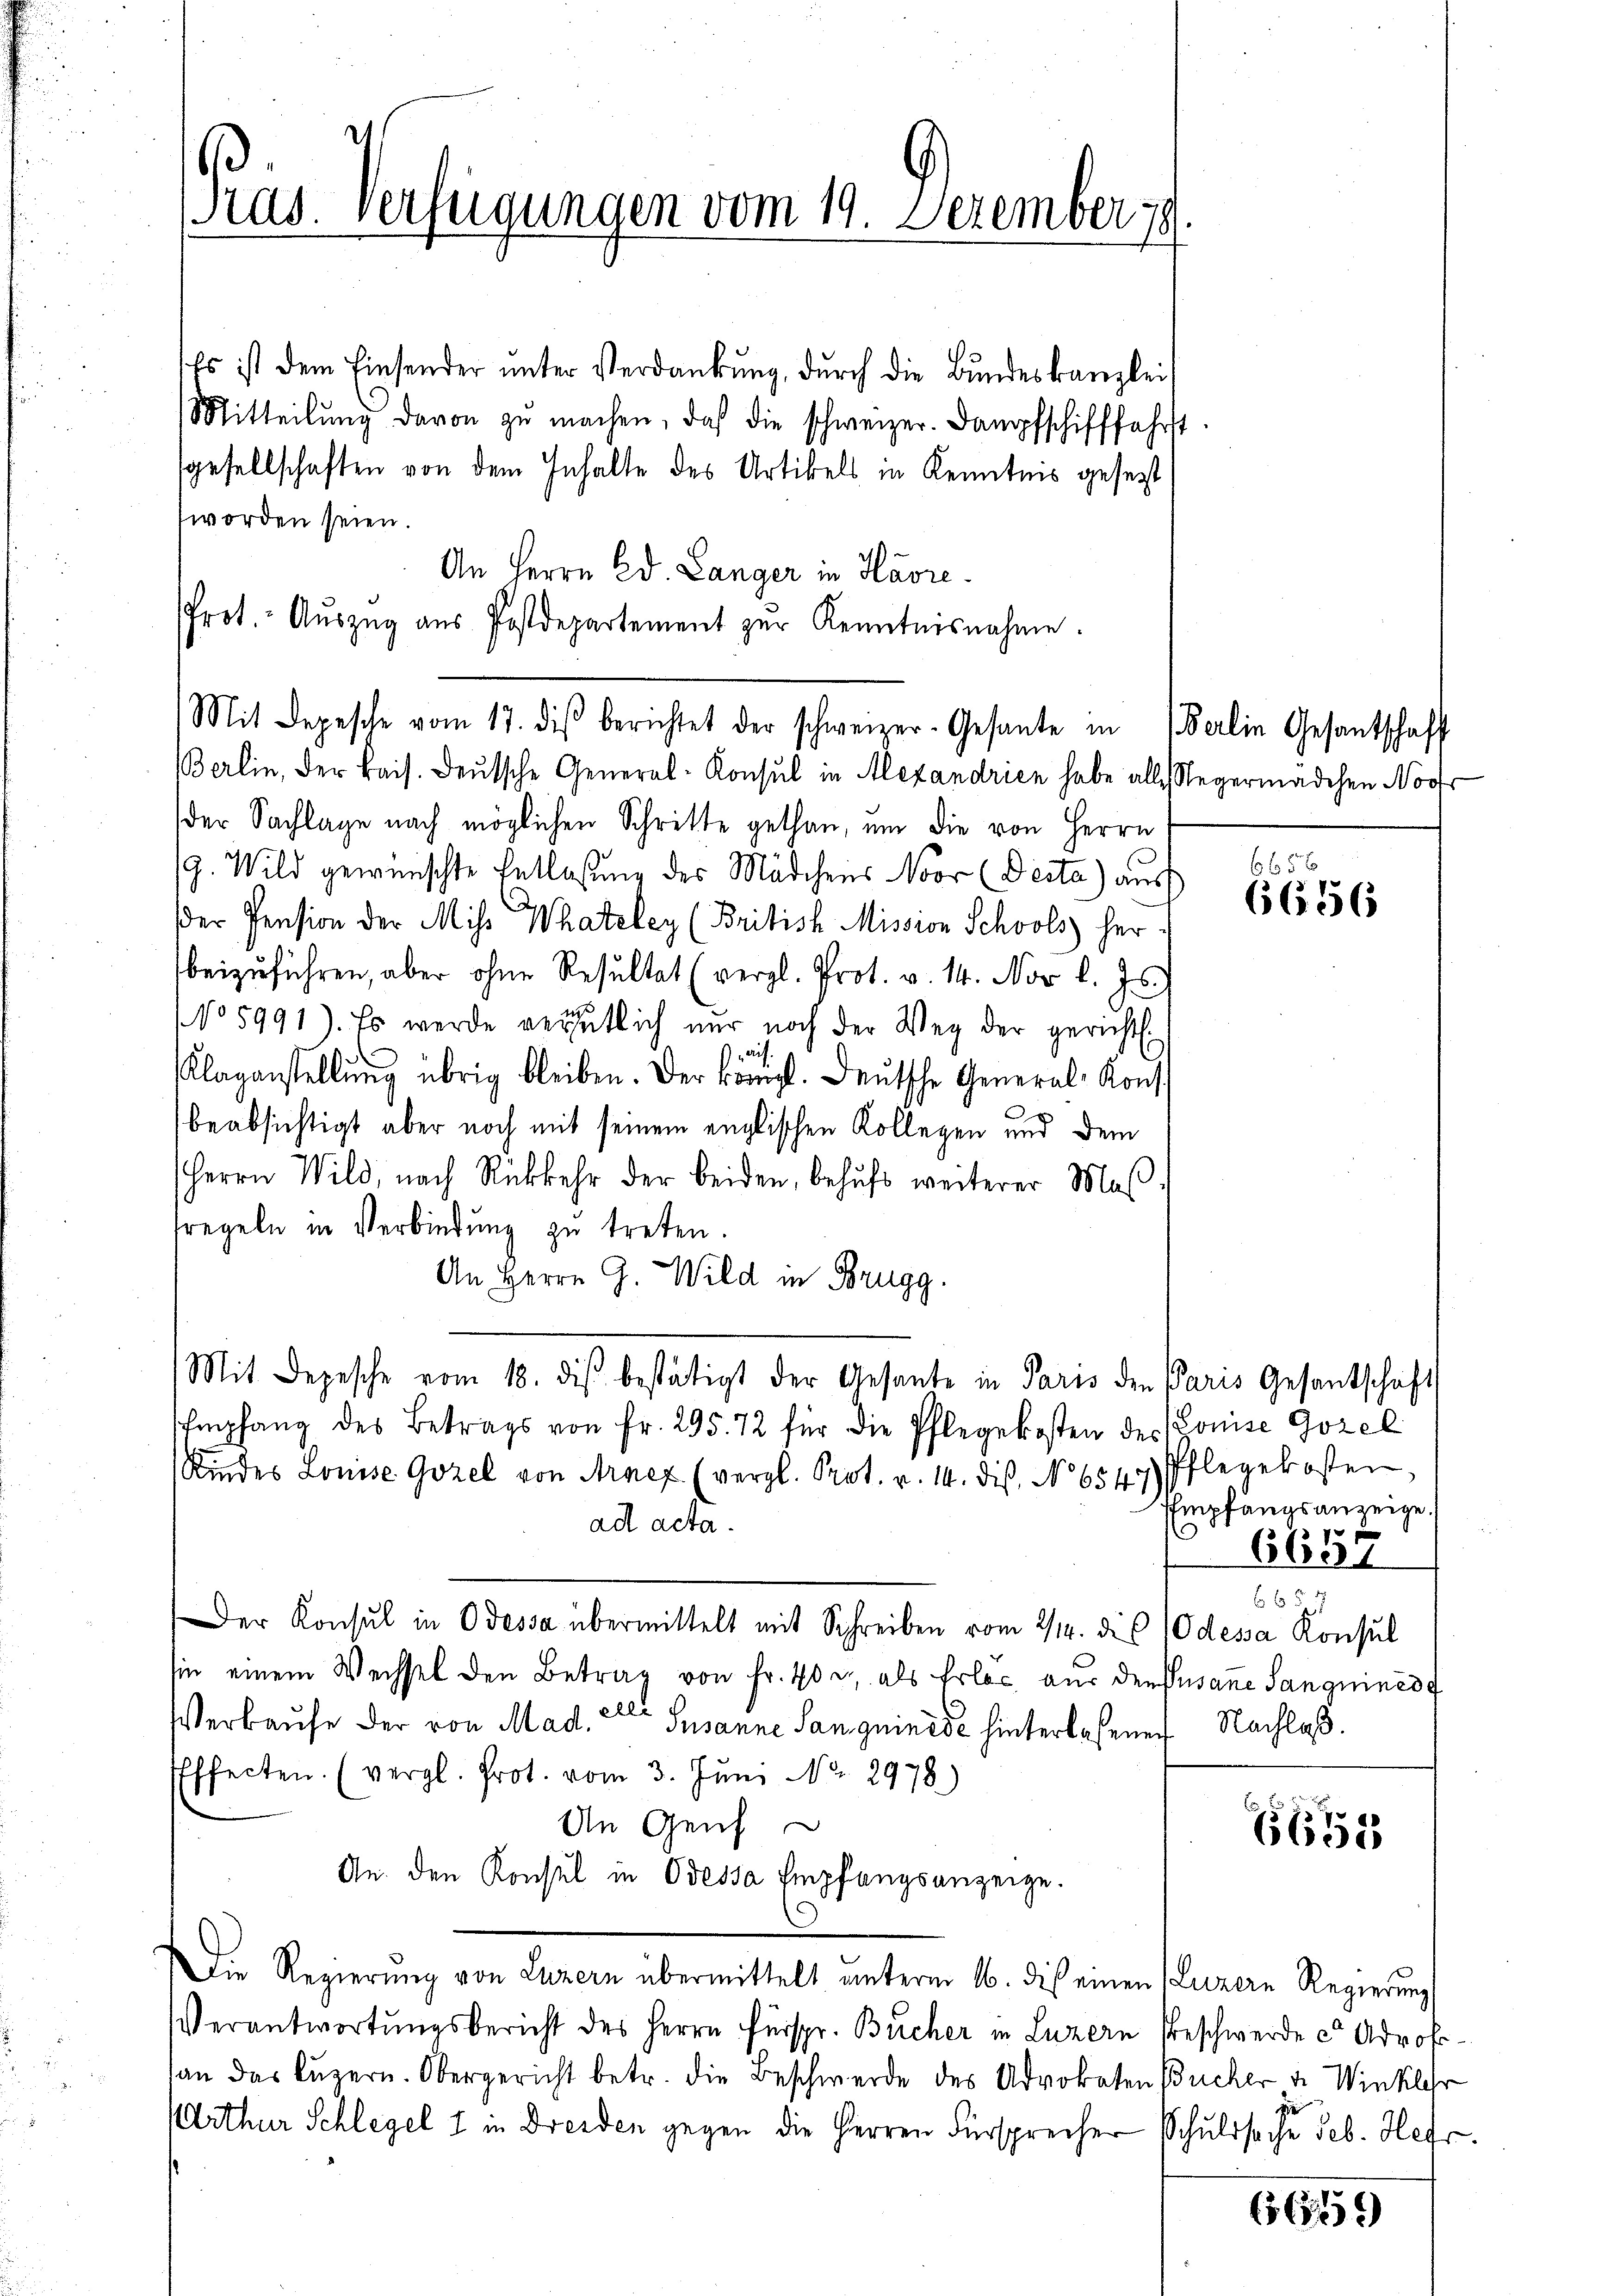
Pras. Verfügungen vom 19. Dezember 19

Es ist dem Einsender ŭnter Verdankŭng, durch die Bŭndeskanzlei
Mitteilŭng davon zŭ machen, daß die schweizer. Dampfschifffahrst
gesellschaften von dem Inhalte des Artikels in Kenntnis gesezt
worden seien.
An Herrn Ed. Länger in Havre
Prot. Aŭszŭg aŭs Postdepartement zur Kenntnisnahme.

Berlin, der kais. Deutsche General-Konsul in Alexandrien habe alle Regermädchen Nov
der Sachlage nach möglichen Schritte gethan, um die von Herrn
9. Wild gewünschte Entlaßung des Mädchens Noor (Decta) aus 6656
der Pension der Miss Whateley (British Mission Schools her
beizuführen, aber ohne Resultat (vergl. Prot. v. 14. Nov. l. Js.
No 5991). Es werde verhütlich nur noch der Weg der gericht
Rit
Klagenstellŭng übrig bleiben. Der Königl. Deutsche General-Konst
beabsichtigt aber noch mit seinem englischen Kollegen und dem
HHerrn Wild, nach Rückkehr der beiden, behufs weiterer Mas
fregeln in Verbindŭng zŭ treten.
An Herrn G. Wild in Brugg.
Mit Depesche vom 18. diβ bestätigt der Gesante in Paris den Paris Gesantschaft
Empfang des Betrags von Fr. 295. 72 für die Pflegekosten des Konise Gozel
Kindes Louise Gozel von Arnet (vergl. Prot. v. 14. dis, No 6547) Pflegekosten,
ad acta.
f
Der Konsul in Odessa übermittelt mit Schreiben vom 2/14. die 10 dessa Konsul
sie einem Wechsel den Betrag von Fr. 40 u. als Erlac aus den Susane Sanguined
Verkaufe der von Mad. 2ter Susanne Sanguinie hinterlassenen Nachlaß.
Effecten. (vergl. Prot. vom 3. Jŭni Nr. 2978)
An Genf
An. den Konsul in Odessa Empfangsanzeige.
Die Regierŭng von Luzern übermittelt unterm 16. dis einen (Luzern Regierŭng
Verantwortŭngsbericht des Herrn Fürspr. Bücher in Luzern Beschwerde d. Adrofan das Lŭzern. Obergericht betr. die Beschwerde des Advokaten Bücher u. Winklehr
Arthur Schlegel 1 in Dresden gegen die Herren Fürsprecher Schuldsache Seb. Her

Mit Depesche vom 17. diβ berichtet der schweizer-Gesante in Berlin Gesantschaft

6656

Empfangsanzeige
6657

6657

6655

6619)

g